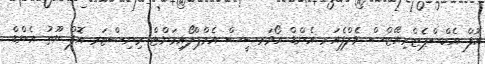
އޮފް އެކްސްޕެޓްރިއޭޓްސް ވެލްފެއަރ އެންޑް އޯވަރސީސް އެމްޕްލޯއިމަންޓް މިނިސްޓަރ އޮފް ޔޫތު އެންޑް